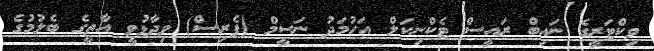
ވިކްޓަރީގެ ނައިބް ރައީސް ޓެކްނިކަލް އަހުމަދު ނަސީމް (ޕެރިސް) ވިދާޅުވީ އާތީގެ ބެލުމުގެ